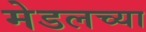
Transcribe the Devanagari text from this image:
मेडलच्या